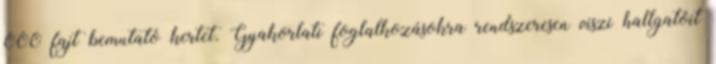
000 fajt bemutató kertet. Gyakorlati foglalkozásokra rendszeresen viszi hallgatóit